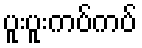
ပူးပူးကပ်ကပ်